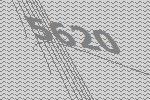
5620